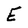
Character: E